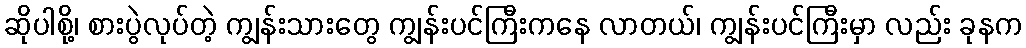
ဆိုပါစို့၊ စားပွဲလုပ်တဲ့ ကျွန်းသားတွေ ကျွန်းပင်ကြီးကနေ လာတယ်၊ ကျွန်းပင်ကြီးမှာ လည်း ခုနက